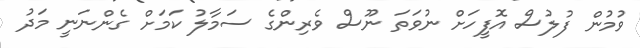
ވުމުން ފުލުސް އޮފީހަށް ނުވަތަ ނޫސް ވެރިންގެ ސަމާލު ކަމަށް ގެންނަނީ މަދު